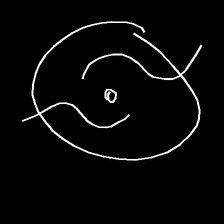
Glyph: repetition